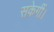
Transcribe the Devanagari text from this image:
सकेगीं।